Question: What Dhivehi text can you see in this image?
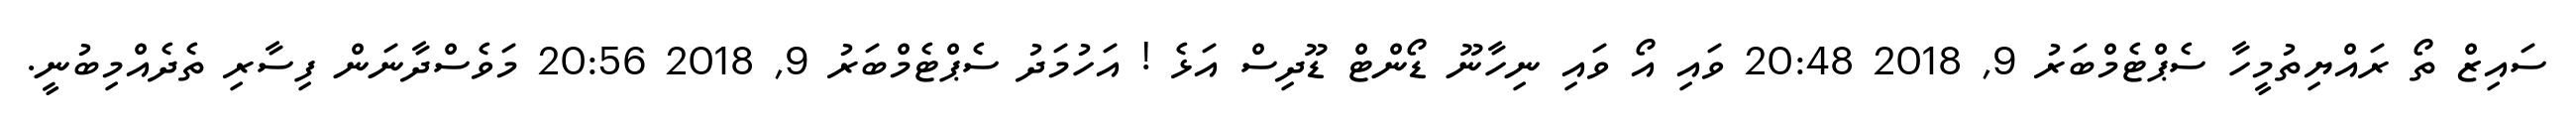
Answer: ސައިޒް ތޯ ރައްޔިތުމީހާ ސެޕްޓެމްބަރު 9, 2018 20:48 ވައި އޯ ވައި ނިހާނޫ ޑޯންޓް ޑޫދިސް އަޅެ ! އަހުމަދު ސެޕްޓެމްބަރު 9, 2018 20:56 މަވެސްދާނަން ފިސާރި ތެދެއްމިބުނީ.